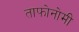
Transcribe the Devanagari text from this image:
ताफोनोमी